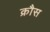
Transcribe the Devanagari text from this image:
क्रौस